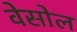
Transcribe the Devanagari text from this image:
वेसोल